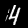
Label: 4